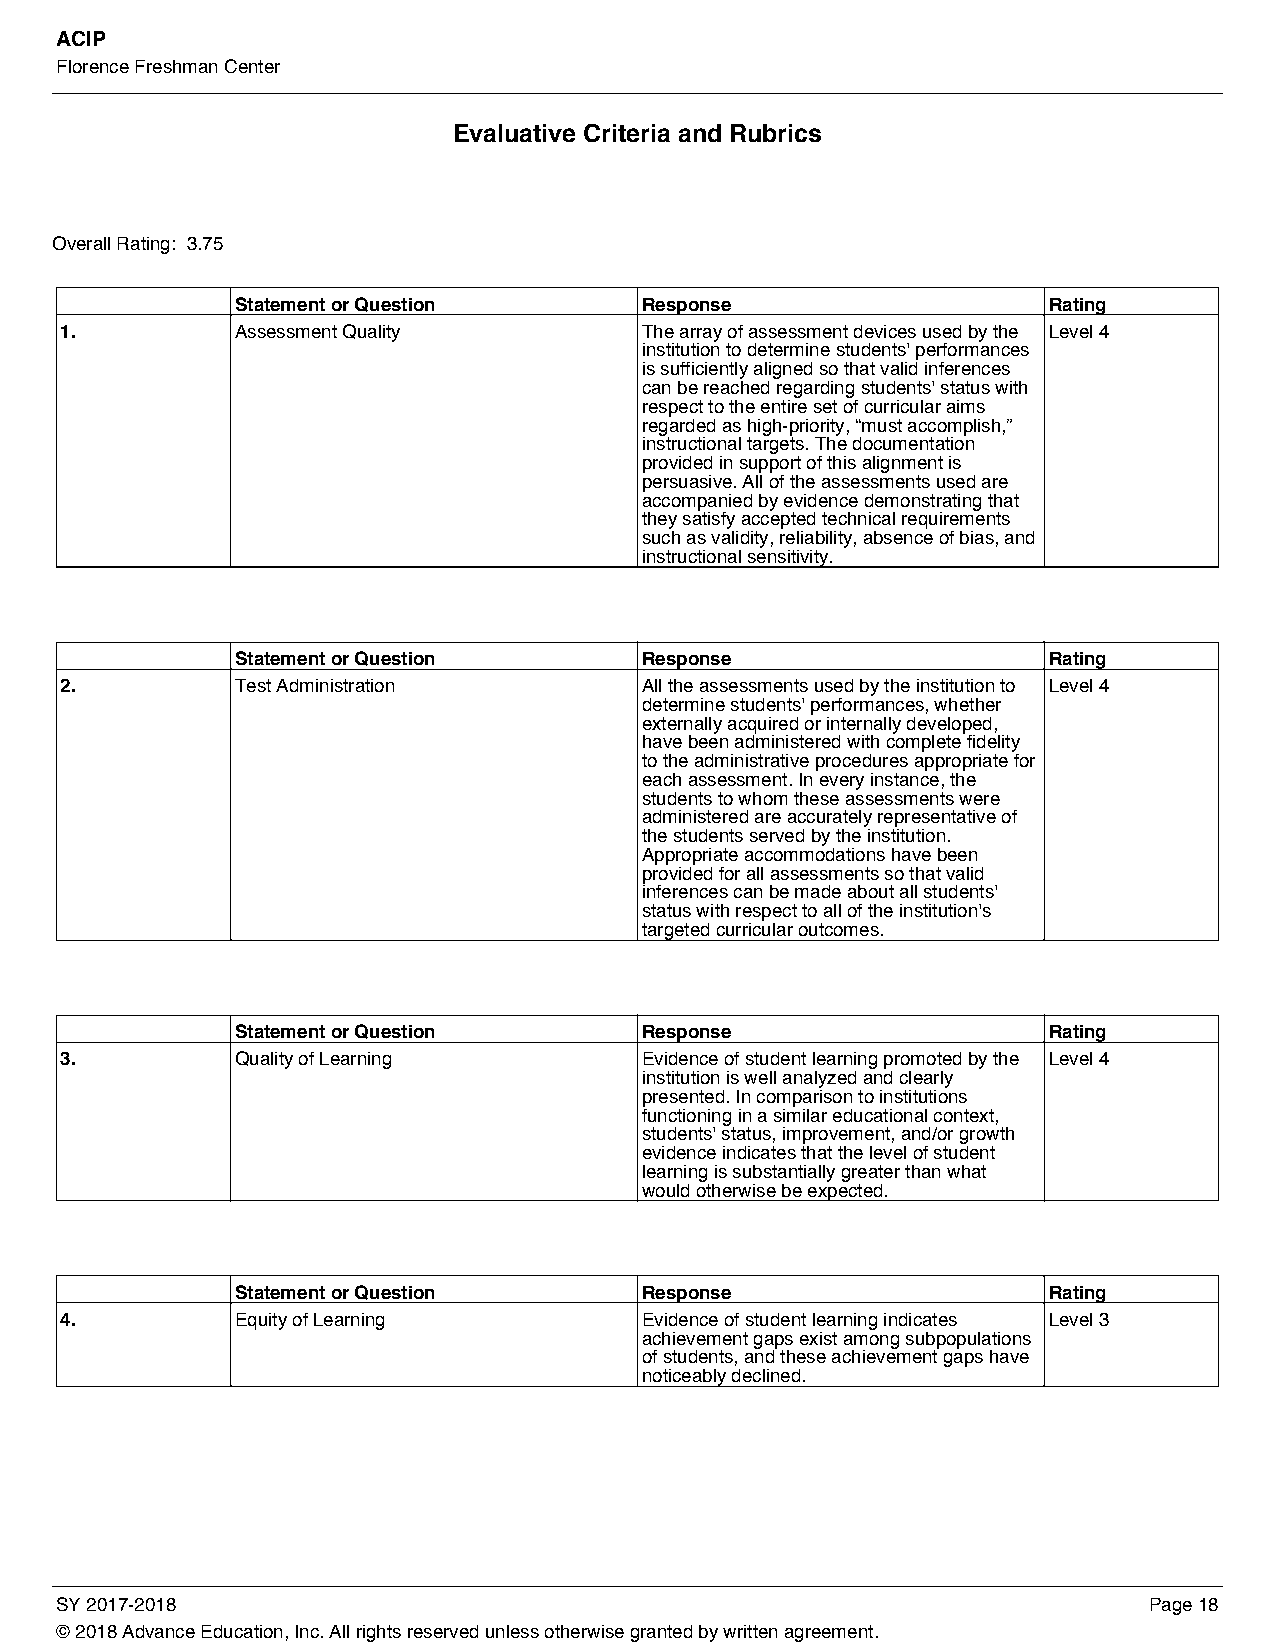
ACIP
 Florence Freshman Center
 Evaluative Criteria and Rubrics
 Overall Rating: 3.75
 Statement or Question     Response                   Rating
 1.          Assessment Quality        The array of assessment devices used by the Level 4
 institution to determine students' performances
 is sufficiently aligned so that valid inferences
 can be reached regarding students' status with
 respect to the entire set of curricular aims
 regarded as high-priority, “must accomplish,”
 instructional targets. The documentation
 provided in support of this alignment is
 persuasive. All of the assessments used are
 accompanied by evidence demonstrating that
 they satisfy accepted technical requirements
 such as validity, reliability, absence of bias, and
 instructional sensitivity.
 Statement or Question     Response                   Rating
 2.          Test Administration       All the assessments used by the institution to Level 4
 determine students' performances, whether
 externally acquired or internally developed,
 have been administered with complete fidelity
 to the administrative procedures appropriate for
 each assessment. In every instance, the
 students to whom these assessments were
 administered are accurately representative of
 the students served by the institution.
 Appropriate accommodations have been
 provided for all assessments so that valid
 inferences can be made about all students'
 status with respect to all of the institution's
 targeted curricular outcomes.
 Statement or Question     Response                   Rating
 3.          Quality of Learning       Evidence of student learning promoted by the Level 4
 institution is well analyzed and clearly
 presented. In comparison to institutions
 functioning in a similar educational context,
 students' status, improvement, and/or growth
 evidence indicates that the level of student
 learning is substantially greater than what
 would otherwise be expected.
 Statement or Question     Response                   Rating
 4.          Equity of Learning        Evidence of student learning indicates Level 3
 achievement gaps exist among subpopulations
 of students, and these achievement gaps have
 noticeably declined.
 SY 2017-2018                                                            Page 18
 © 2018 Advance Education, Inc. All rights reserved unless otherwise granted by written agreement.